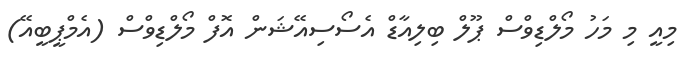
މިއީ މި މަހު މޯލްޑިވްސް ޕޫލް ބިލިއާޑް އެސޯސިއޭޝަން އޮފް މޯލްޑިވްސް (އެމްޕީބީއޭ)